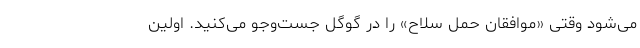
می‌شود وقتی «موافقان حمل سلاح» را در گوگل جست‌وجو می‌کنید. اولین